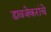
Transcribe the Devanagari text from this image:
डावजेकरांचे